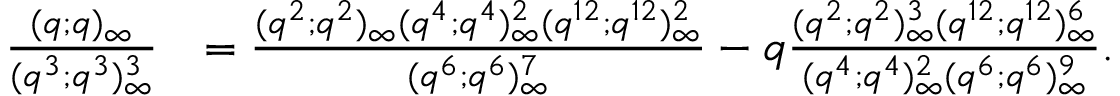
\begin{array} { r l } { \frac { ( q ; q ) _ { \infty } } { ( q ^ { 3 } ; q ^ { 3 } ) _ { \infty } ^ { 3 } } } & { = \frac { ( q ^ { 2 } ; q ^ { 2 } ) _ { \infty } ( q ^ { 4 } ; q ^ { 4 } ) _ { \infty } ^ { 2 } ( q ^ { 1 2 } ; q ^ { 1 2 } ) _ { \infty } ^ { 2 } } { ( q ^ { 6 } ; q ^ { 6 } ) _ { \infty } ^ { 7 } } - q \frac { ( q ^ { 2 } ; q ^ { 2 } ) _ { \infty } ^ { 3 } ( q ^ { 1 2 } ; q ^ { 1 2 } ) _ { \infty } ^ { 6 } } { ( q ^ { 4 } ; q ^ { 4 } ) _ { \infty } ^ { 2 } ( q ^ { 6 } ; q ^ { 6 } ) _ { \infty } ^ { 9 } } . } \end{array}